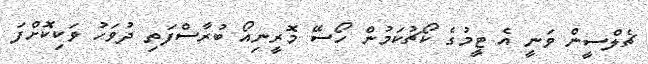
ޗެލްސީން ވަނީ އެ ޓީމުގެ ކޯޗުކަމުން ހޯސޭ މޮރީނިއޯ ބުރާސްފަތި ދުވަހު ވަކިކޮށްފަ